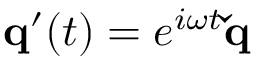
\mathbf { q } ^ { \prime } ( t ) = e ^ { i \omega t } \mathbf { \check { q } }